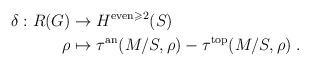
LaTeX: \begin{align*}\delta: R(G) & \rightarrow H^{\mathrm{even} \geqslant 2}(S) \\\rho & \mapsto \tau^\mathrm{an}(M/S,\rho) - \tau^\mathrm{top}(M/S,\rho) \;.\end{align*}